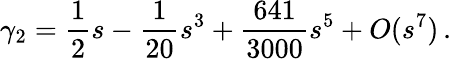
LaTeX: \gamma_{2}=\frac{1}{2}s-\frac{1}{20}s^{3}+\frac{641}{3000}s^{5}+O(s^{7})\, .